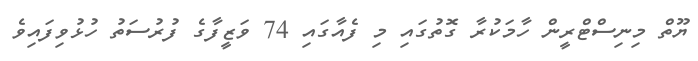
ޔޫތް މިނިސްޓްރީން ހާމަކުރާ ގޮތުގައި މި ފެއާގައި 74 ވަޒީފާގެ ފުރުސަތު ހުޅުވިފައިވެ